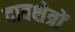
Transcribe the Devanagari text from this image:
दाबक्षेत्रों